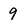
Character: 9